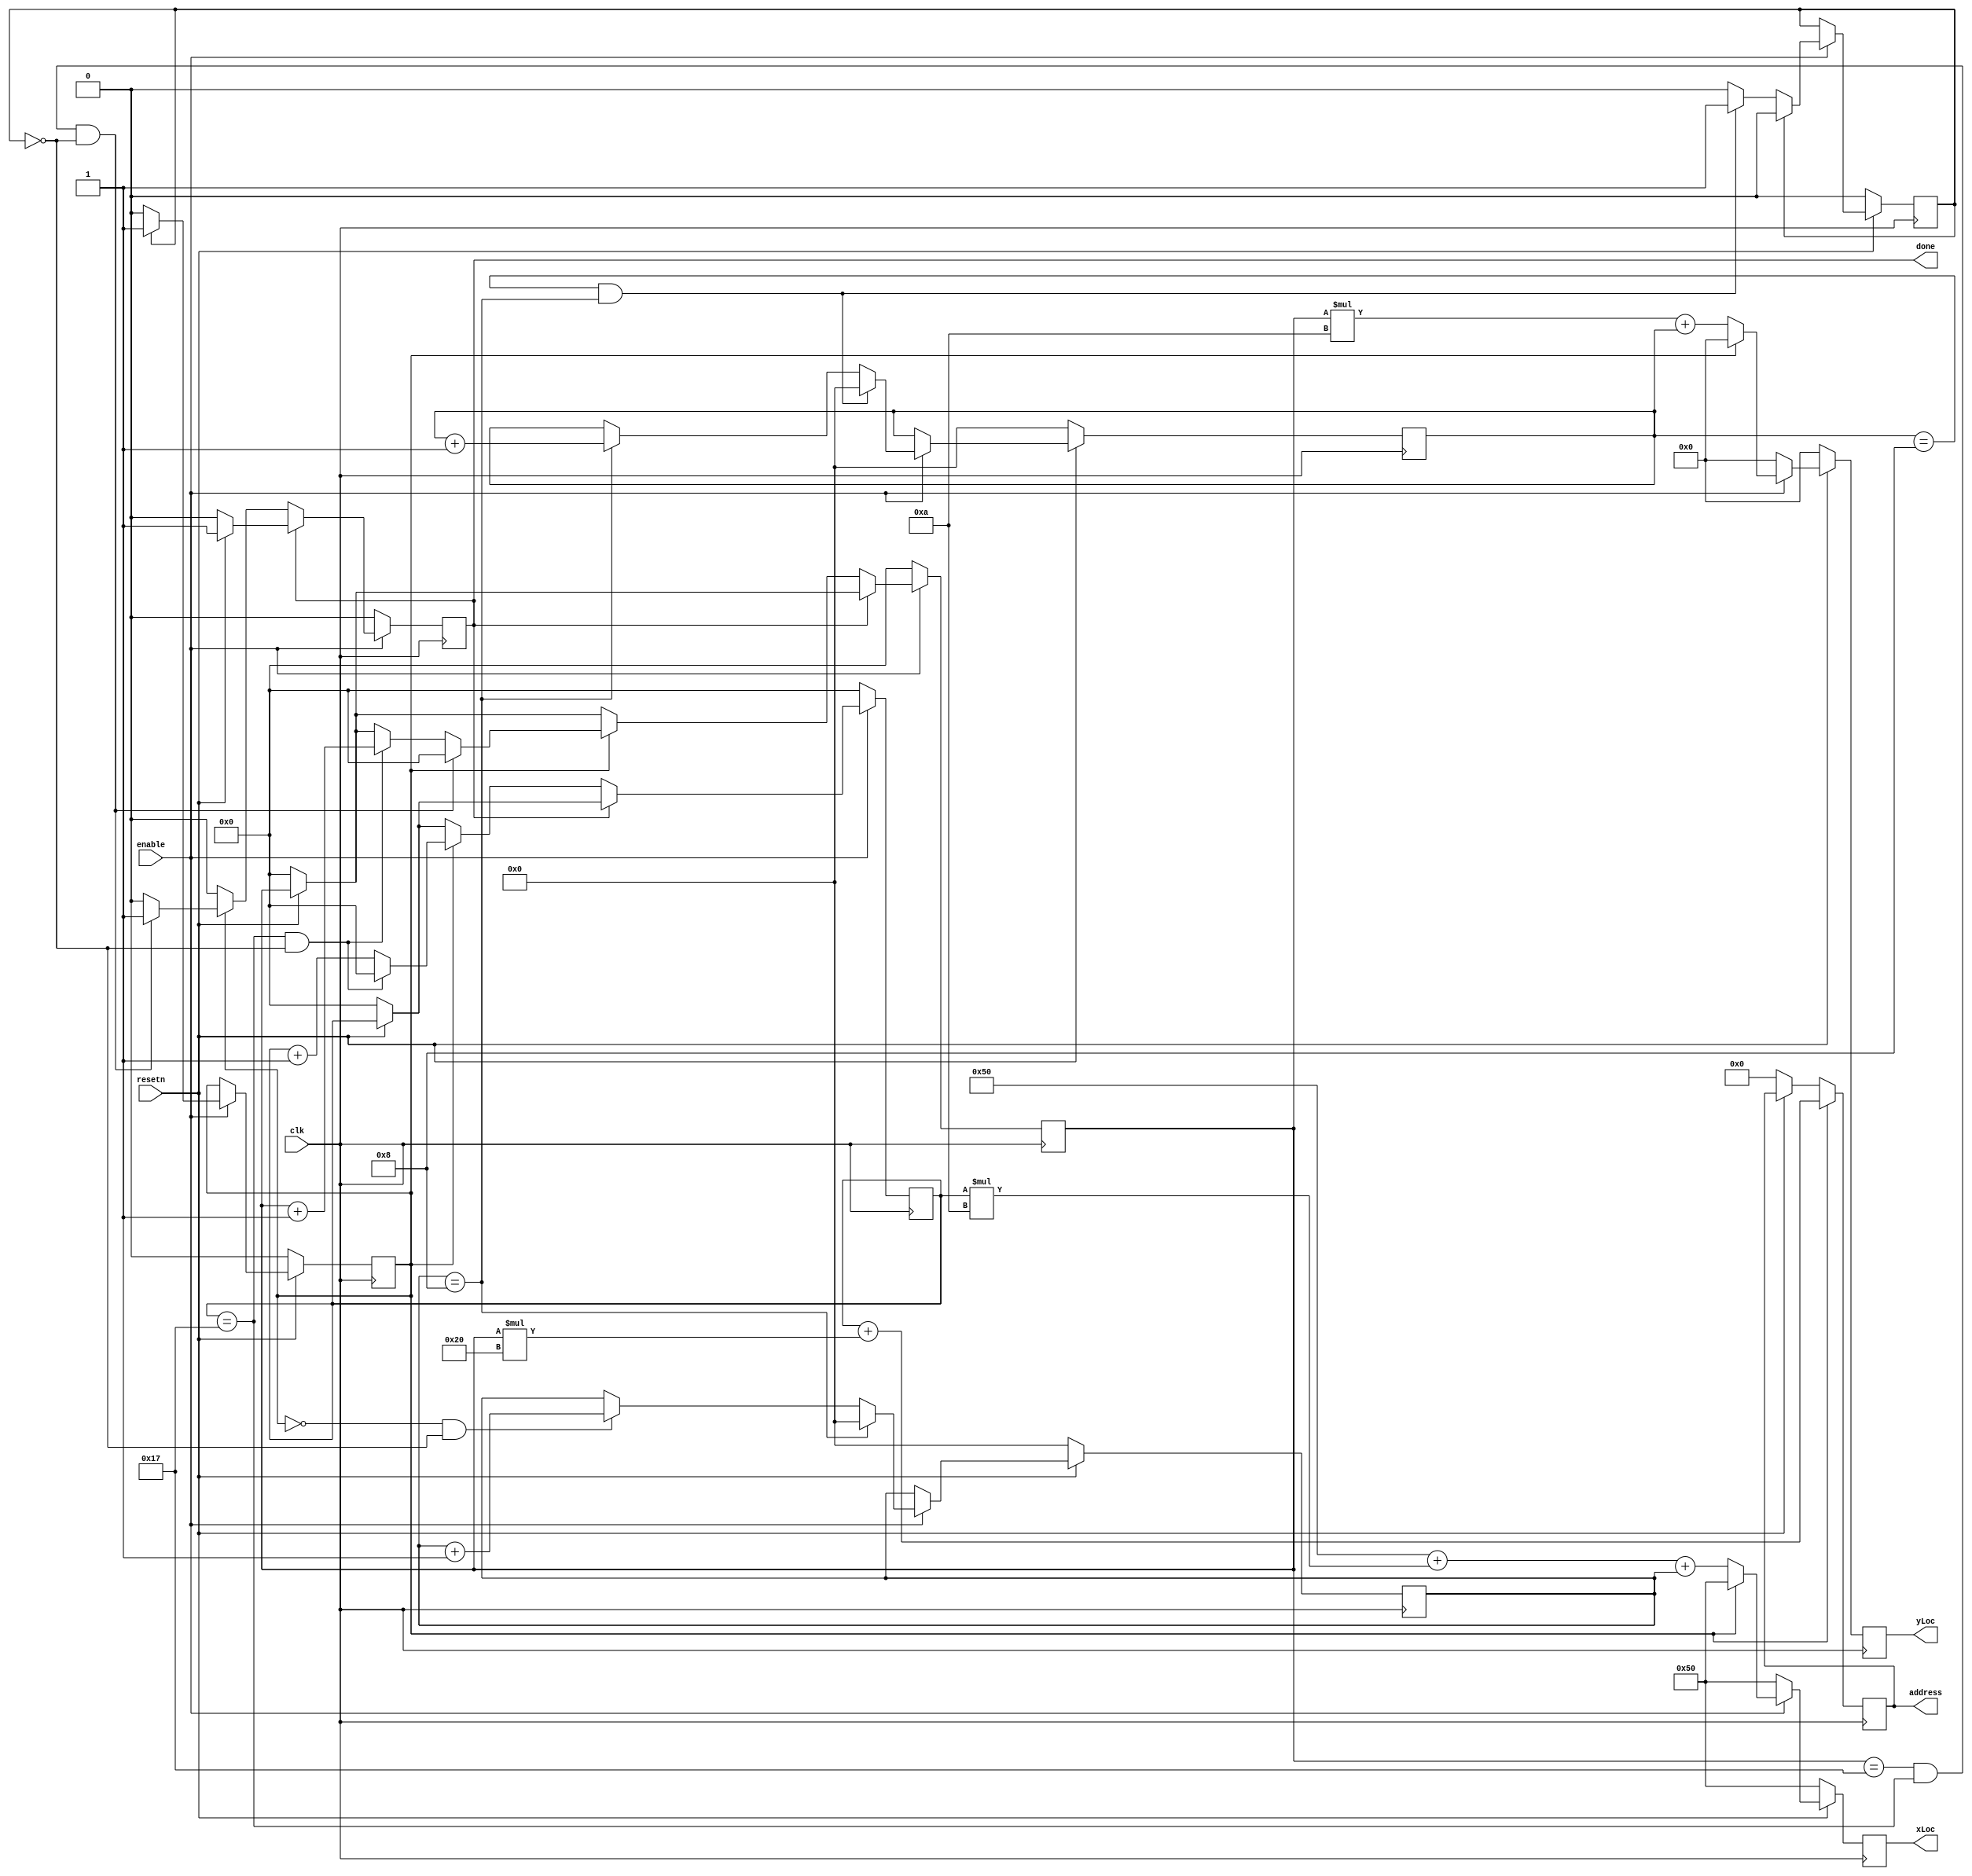
module maze_position_counter(
	input clk,
	input resetn,
	input enable,
	output reg [9:0] address,
	output reg [8:0] xLoc,
	output reg [8:0] yLoc,
	output reg [0:0] done
	);
	
	parameter xSize = 24, ySize = 24, boxSize = 9;
	reg [4:0] x,y;
	reg [3:0] countx;
	reg [3:0] county;
	reg doneBox, donep1;
	
	//increments access address
	always @(negedge clk) begin
		if (~resetn) begin
			x <= 5'b0;
			y <= 5'b0;
			done <= 0;
		end
		if(enable) begin
			if(~done) begin
				if (doneBox) begin
					if (x == xSize-1 && ~donep1) begin
						x <= 5'b0;
						y <= y + 1;
						done <= 0;
					end
					else
						x <= x + 1;
						done <= 0;
					if (y == ySize-1 && x == xSize-1 && ~donep1) begin
						done <= 1;
						y <= 5'b0;
					end
				end
			
				else
					done <= 0;
			end
		end
		if(~enable) begin
			x <= 0;
			y <= 0;
			done <= 0;
		end	
	end
	
	//finished condition
	always @(posedge clk) begin
		if (~resetn)
			address <= 10'b0;
		if (doneBox)
			address <= x + y*32;
	end
	
	//increments display location
	always @(posedge clk) begin
		if(~resetn) begin
			xLoc <= 9'd80;
			yLoc <= 9'b0;
			countx <= 5'b0;
			county <= 5'b0;
			doneBox <= 0;
			donep1 <= 0;
		end
		else begin
			xLoc <= 9'd80;
			yLoc <= 9'b0;
			
			if(enable) begin
				if (countx == boxSize-1) begin
					countx <= 5'b0;
					county <= county + 1;
				end
				else begin
					if(~doneBox && ~donep1)
						countx <= countx + 1;
				end
					
				if (county == boxSize-1 && countx == boxSize-1) begin
					donep1 <= 1;
					county <= 5'b0;
				end
					
				if (donep1) begin
					donep1 <= 0;
					doneBox <= 1;
				end
							
				if (~donep1)
					doneBox <= 0;
				
				if(~doneBox) begin
					xLoc <= 9'd80 + x*(boxSize+1) + countx;
					yLoc <= y*(boxSize+1) + county;
				end
			end
			
		end
	end
	
endmodule